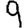
Digit: 9